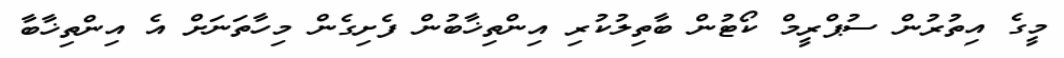
މީގެ އިތުރުން ސުޕްރީމް ކޯޓުން ބާތިލުކުރި އިންތިޚާބުން ފެށިގެން މިހާތަނަށް އެ އިންތިޚާބާ